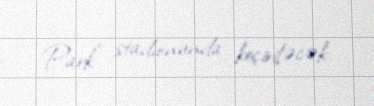
Park” stadionunda keçiriləcək.